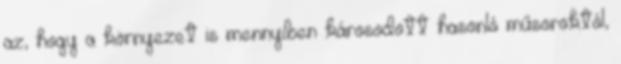
az, hogy a környezet is mennyiben károsodott hasonló műsoroktól,